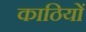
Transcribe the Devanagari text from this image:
काठियों